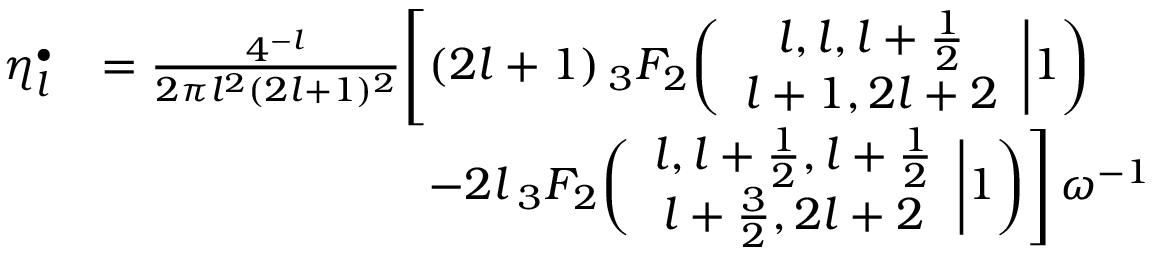
\begin{array} { r l } { \eta _ { l } ^ { \bullet } } & { = \frac { 4 ^ { - l } } { 2 \pi l ^ { 2 } ( 2 l + 1 ) ^ { 2 } } \Biggl [ ( 2 l + 1 ) \, _ { 3 } F _ { 2 } \biggl ( \begin{array} { c } { l , l , l + \frac { 1 } { 2 } } \\ { l + 1 , 2 l + 2 } \end{array} \bigg | 1 \biggr ) } \\ & { \mathrel { \phantom { = } } \hphantom { \frac { 4 ^ { - l } } { 2 \pi l ^ { 2 } ( 2 l + 1 ) ^ { 2 } } \Bigg [ } \mathrm - 2 l \, _ { 3 } F _ { 2 } \biggl ( \begin{array} { c } { l , l + \frac { 1 } { 2 } , l + \frac { 1 } { 2 } } \\ { l + \frac { 3 } { 2 } , 2 l + 2 } \end{array} \bigg | 1 \biggr ) \Biggr ] \, \omega ^ { - 1 } } \end{array}